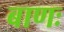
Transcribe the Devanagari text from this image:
बाणः